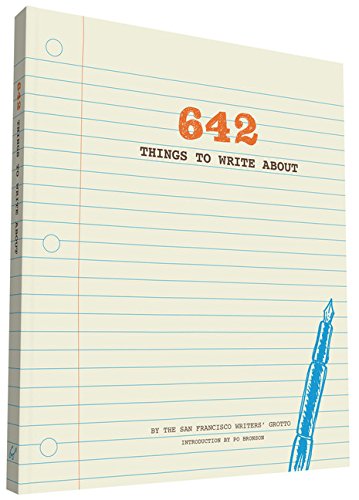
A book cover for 642 Things to Write About; San Francisco Writers' Grotto; Reference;